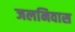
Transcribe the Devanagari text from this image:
जलनिवास